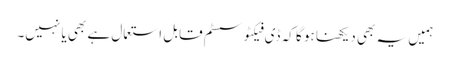
ہمیں یہ بھی دیکھنا ہو گا کہ ڈی فیکٹو سسٹم قابل استعمال ہے بھی یا نہیں۔